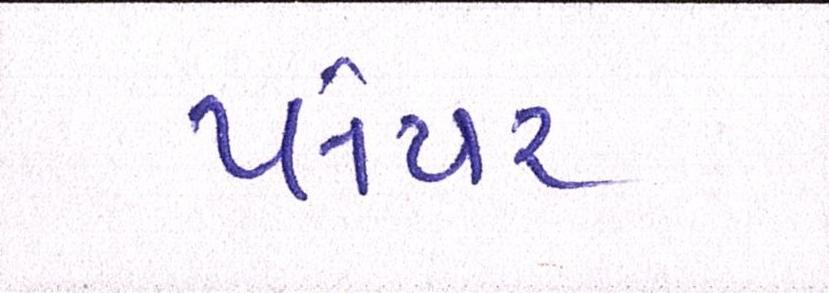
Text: પ્લેયર